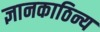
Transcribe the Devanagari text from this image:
ज्ञानकाठिन्य